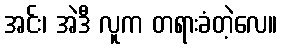
အင်း၊ အဲဒီ လူက တရားခံတဲ့လေ။